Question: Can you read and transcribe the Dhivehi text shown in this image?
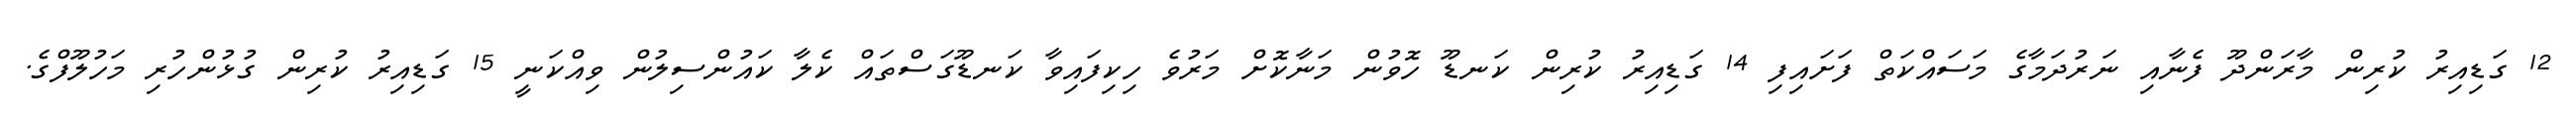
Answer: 12 ގަޑިއިރު ކުރިން މާރަންދޫ ފެނާއި ނަރުދަމާގެ މަސައްކަތް ފަށައިފި 14 ގަޑިއިރު ކުރިން ކަނޑޫ ހޮވުން މަނާކޮށް މަރުވެ ހިކިފައިވާ ކަނޑޫގަސްތައް ކެލާ ކައުންސިލުން ވިއްކަނީ 15 ގަޑިއިރު ކުރިން ގުޅުންހުރި މަހުލޫފްގެ.